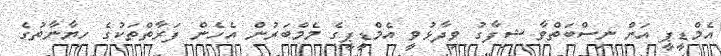
އެމްޑީޕީ އަށް ނިސްބަތްވާ ޝިފާގު ވިދާޅުވީ އެމްޑީޕީގެ މެމްބަރުން އެހެން ފަރާތްތަކުގެ ހިޔާނާތުގެ